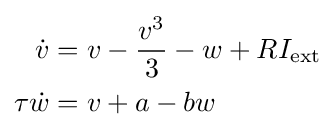
{\begin{aligned}{\dot {v}}&=v-{\frac {v^{3}}{3}}-w+RI_{\rm {ext}}\\\tau {\dot {w}}&=v+a-bw\end{aligned}}